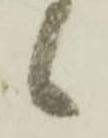
々